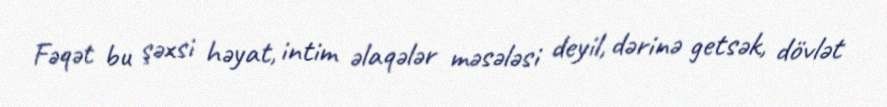
Fəqət bu şəxsi həyat, intim əlaqələr məsələsi deyil, dərinə getsək, dövlət